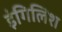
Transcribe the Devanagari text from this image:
इंगिलिश